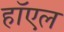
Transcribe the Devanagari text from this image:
हॉएल